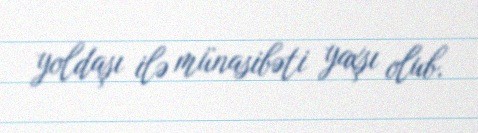
yoldaşı ilə münasibəti yaxşı olub.